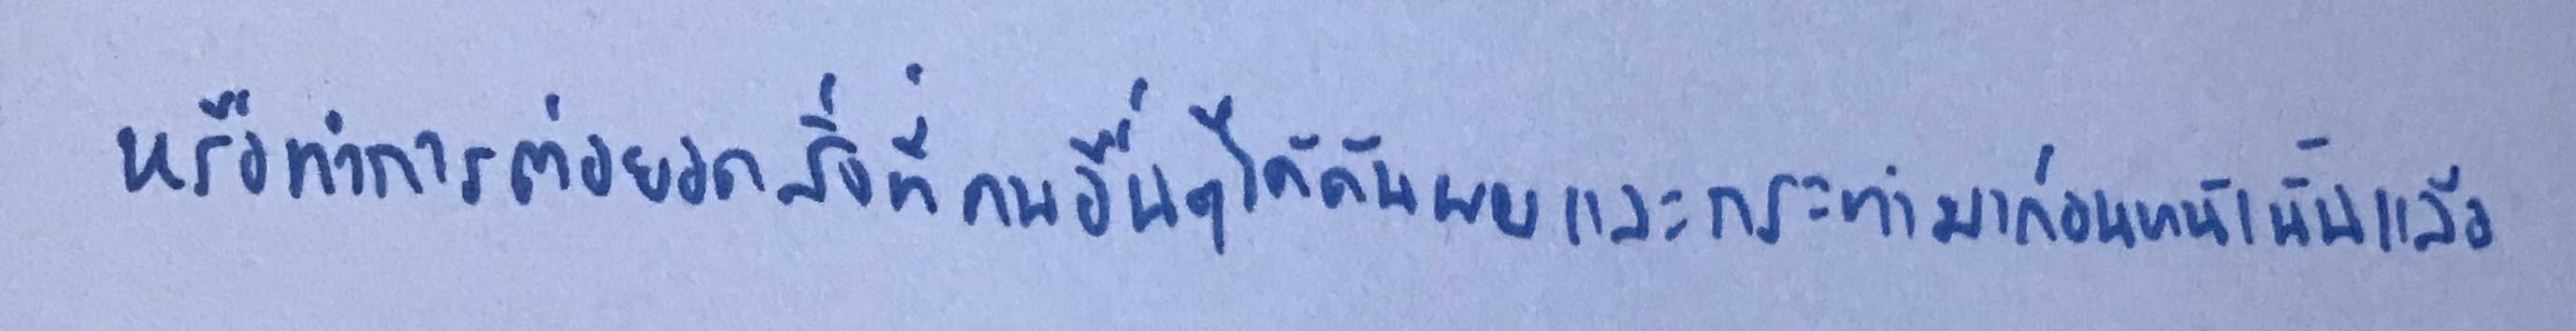
หรือทำการต่อยอดสิ่งที่คนอื่นๆได้ค้นพบและกระทำมาก่อนหน้านั้นแล้ว